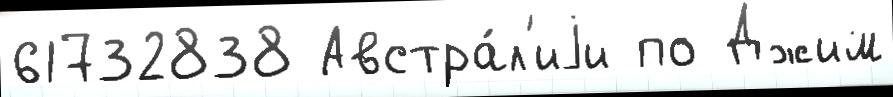
61732838 Австра́л'иjи по Джим